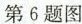
第6题图